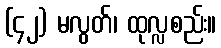
(၄၂) မလွတ်၊ ထုလ္လစည်း။